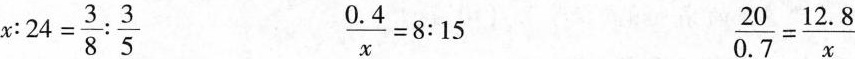
$$x : 2 4 = \frac { 3 } { 8 } : \frac { 3 }{ 5 }$$ $$\frac { 0 . 4 } { x } = 8 : 1 5$$ $$\frac { 2 0 } { 0 . 7 } = \frac { 1 2 . 8 } { x }$$